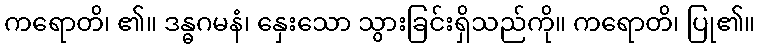
ကရောတိ၊ ၏။ ဒန္ဓဂမနံ၊ နှေးသော သွားခြင်းရှိသည်ကို။ ကရောတိ၊ ပြု၏။